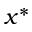
x ^ { * }